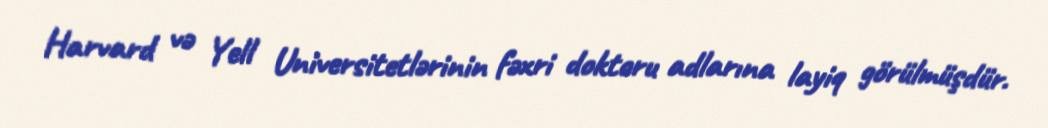
Harvard və Yell Universitetlərinin fəxri doktoru adlarına layiq görülmüşdür.